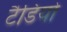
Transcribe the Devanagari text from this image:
टैडियो